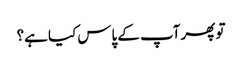
تو پھر آپ کے پاس کیا ہے؟